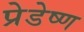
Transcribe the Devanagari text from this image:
प्रेडेष्ण